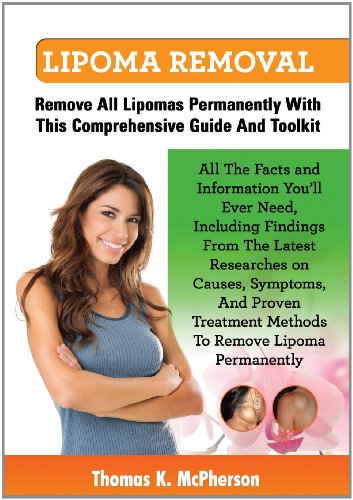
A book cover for Lipoma Removal, Lipoma Removal Guide. Discover All the Facts and Information on Lipoma, Fatty Lumps, Painful Lipoma, Facial Lipoma, Breast Lipoma, Can; Thomas K. McPherson; Health, Fitness & Dieting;